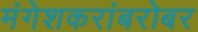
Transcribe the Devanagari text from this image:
मंगेशकरांबरोबर